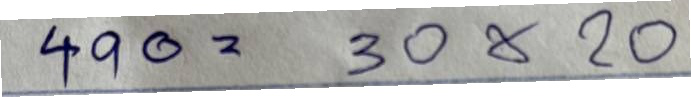
490 = 30x20